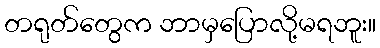
တရုတ်တွေက ဘာမှပြောလို့မရဘူး။